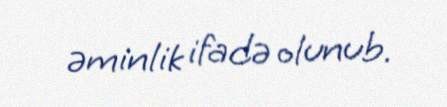
əminlik ifadə olunub.